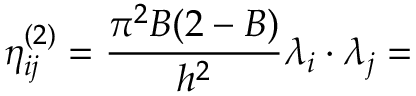
\eta _ { i j } ^ { ( 2 ) } = \frac { \pi ^ { 2 } B ( 2 - B ) } { h ^ { 2 } } \lambda _ { i } \cdot \lambda _ { j } =